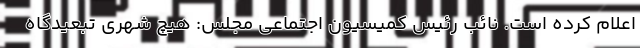
اعلام کرده است. نائب رئیس کمیسیون اجتماعی مجلس: هیچ شهری تبعیدگاه